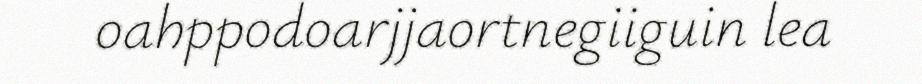
oahppodoarjjaortnegiiguin lea